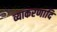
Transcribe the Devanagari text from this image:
व्याकरणादि